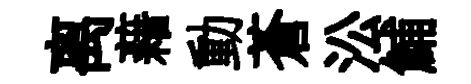
离藉動蒼㳂鯆